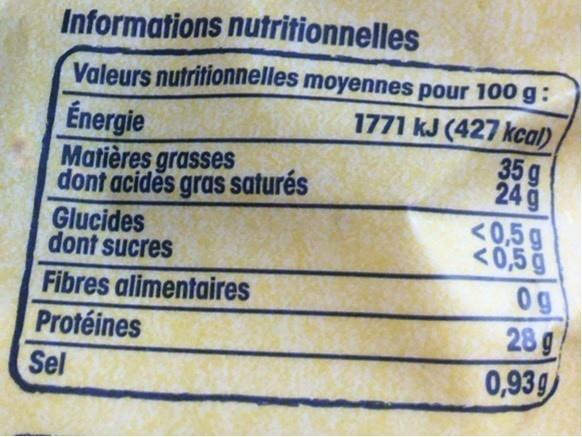
Informations nutritionnelles
Valeurs nutritionnelles moyennes pour 100 g: 1771 kJ (427 kcal) 35 g 24 g <0,5g <0,5g 0g 28 g 0,939
Energie Matières grasses dont acides gras saturés Glucides dont sucres
Fibres alimentaires Protéines
Sel